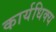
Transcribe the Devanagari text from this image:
कार्यधिक्य